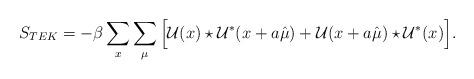
LaTeX: \begin{align*}S_{TEK}=-\beta\sum_x\sum_\mu\Big[\mathcal{U}(x)\star\mathcal{U}^*(x+a\hat{\mu})+\mathcal{U}(x+a\hat{\mu})\star\mathcal{U}^*(x)\Big].\end{align*}